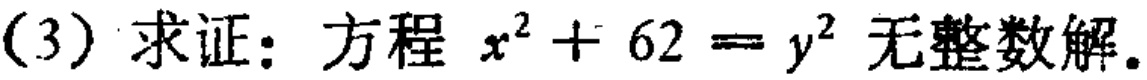
(3) 求证：方程 \(x^{2}+62 = y^{2}\) 无整数解。